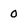
Character: 0